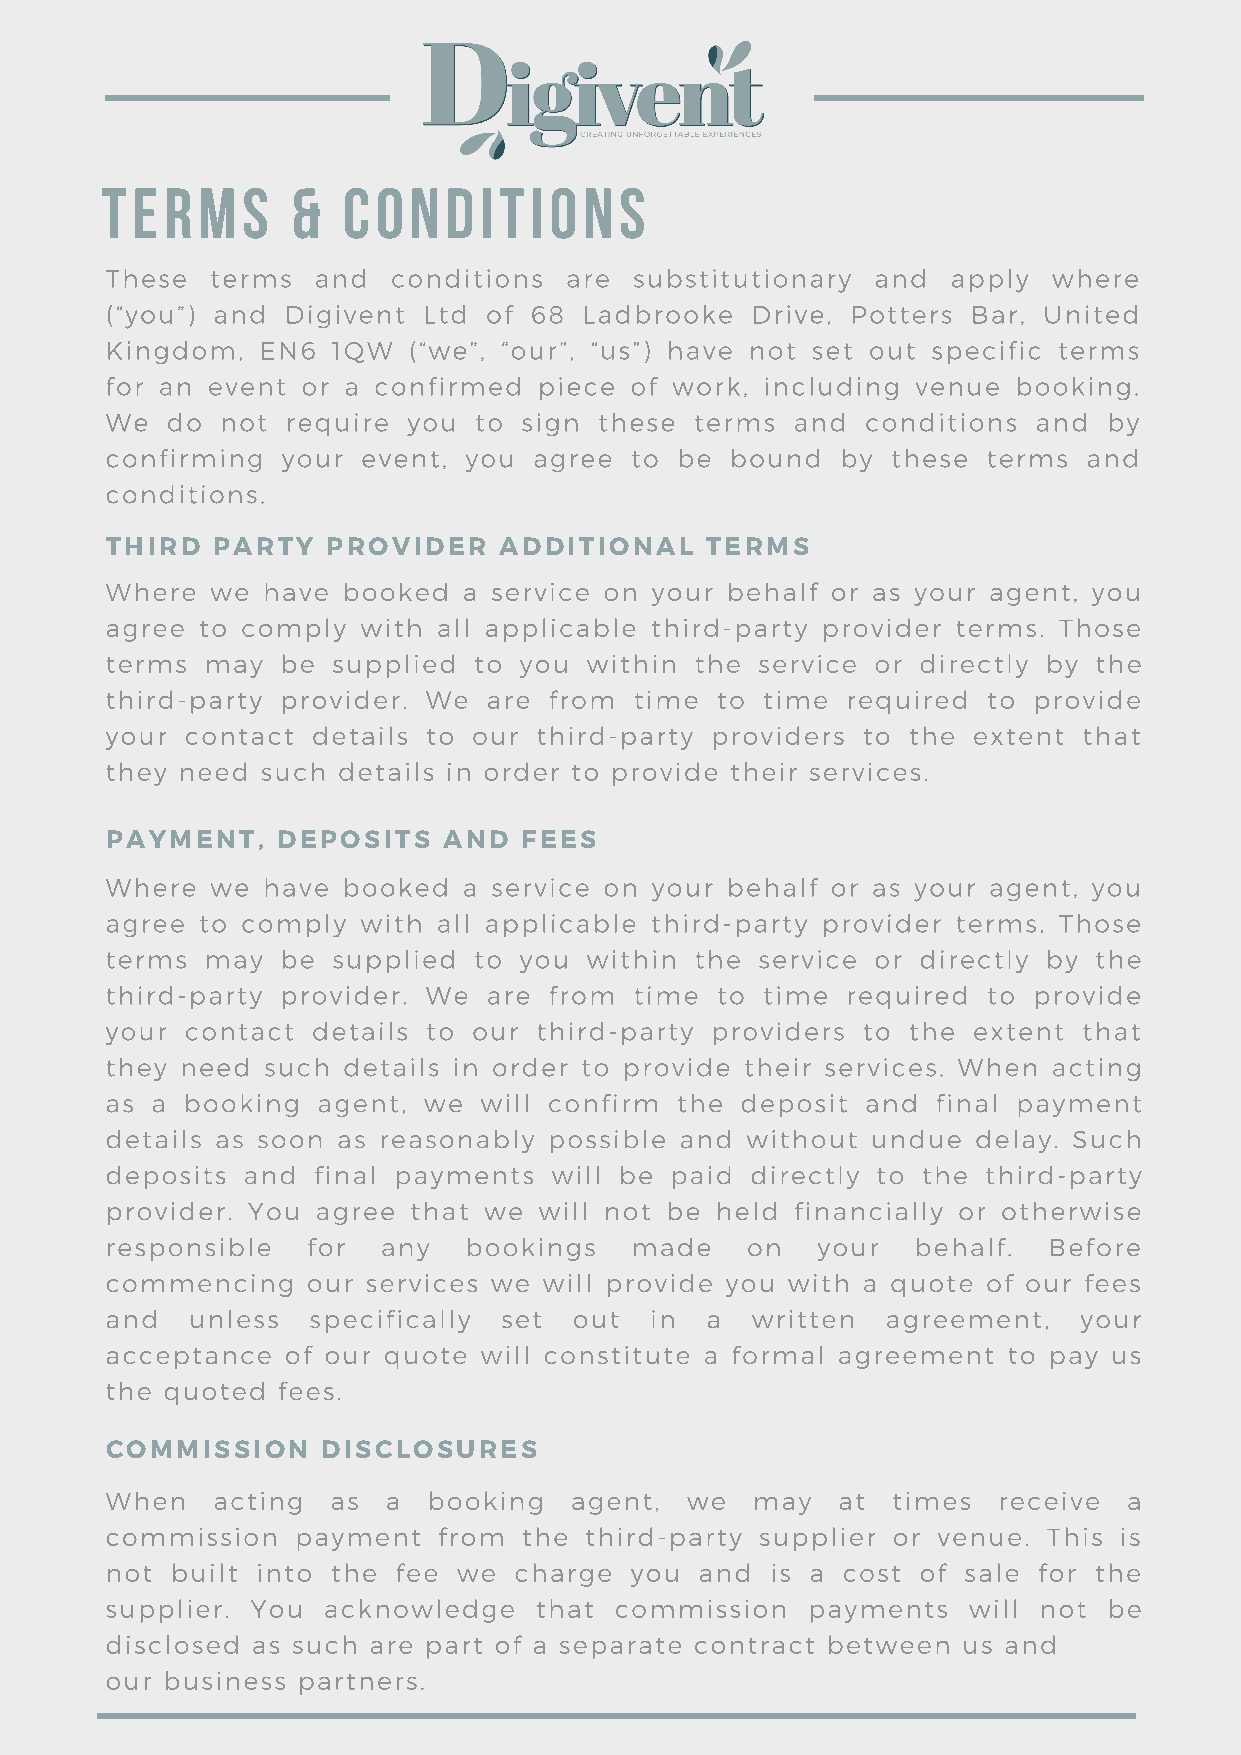
Terms       &   Conditions
 These  terms  and  conditions are  substitutionary and  apply  where
 (“you”) and Digivent Ltd of 68  Ladbrooke  Drive, Potters Bar, United
 Kingdom,  EN6  1QW  (“we”, “our”, “us”) have not set out specific terms
 for an event or a confirmed  piece of work, including venue booking.
 We  do  not require you to  sign these terms  and conditions  and by
 confirming  your event, you agree  to be bound   by these terms  and
 conditions.
 THIRD  PARTY   PROVIDER   ADDITIONAL    TERMS
 Where  we have  booked  a service on your behalf or as your agent, you
 agree to comply  with all applicable third-party provider terms. Those
 terms  may  be supplied to you  within the service or directly by the
 third-party provider. We are from  time to  time required to provide
 your contact  details to our third-party providers to the extent that
 they need such details in order to provide their services.
 PAYMENT,   DEPOSITS   AND  FEES
 Where  we have  booked  a service on your behalf or as your agent, you
 agree to comply  with all applicable third-party provider terms. Those
 terms  may  be supplied to you  within the service or directly by the
 third-party provider. We are from  time to  time required to provide
 your contact  details to our third-party providers to the extent that
 they need such  details in order to provide their services. When acting
 as a booking  agent, we  will confirm the deposit and  final payment
 details as soon as reasonably possible and without undue  delay. Such
 deposits and  final payments  will be paid directly to the third-party
 provider. You agree that we  will not be held financially or otherwise
 responsible  for  any   bookings   made   on   your   behalf. Before
 commencing   our services we will provide you with a quote of our fees
 and   unless specifically set  out  in  a  written  agreement,   your
 acceptance  of our quote will constitute a formal agreement to pay us
 the quoted fees.
 COMMISSION    DISCLOSURES
 When   acting  as  a booking   agent, we   may  at  times  receive  a
 commission   payment  from  the third-party supplier or venue. This is
 not built into the fee we  charge  you and  is a cost of sale for the
 supplier. You acknowledge   that  commission  payments   will not be
 disclosed as such are part of a separate contract between us and
 our business partners.